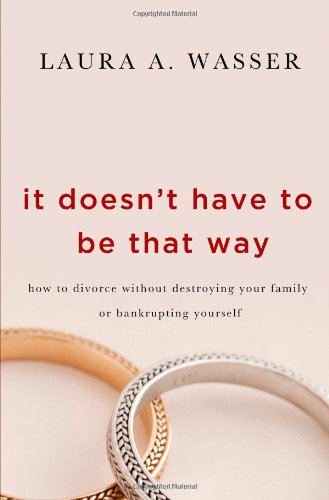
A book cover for It Doesn't Have to Be That Way: How to Divorce Without Destroying Your Family or Bankrupting Yourself; Laura A. Wasser; Law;